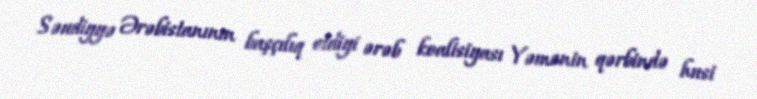
Səudiyyə Ərəbistanının başçılıq etdiyi ərəb koalisiyası Yəmənin qərbində husi